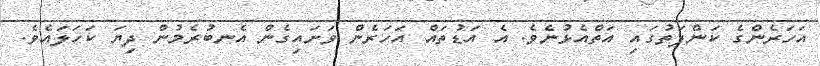
އަހަރެންގެ ކަންފަތުގައި އަތްއެޅުނެވެ. އެ އަޑުތައް އަހަރެން ވަށައިގެން އެނބުރެމުން ދިޔަ ކަހަލައެވެ.